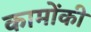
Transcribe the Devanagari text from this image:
कामोंकी